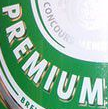
PREMIUM